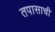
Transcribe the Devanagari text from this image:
तपासाची